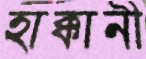
হাক্কানী